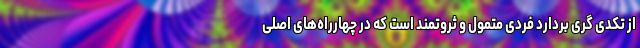
از تکدی گری بردارد فردی متمول و ثروتمند است که در چهارراه‌های اصلی